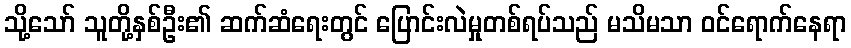
သို့သော် သူတို့နှစ်ဦး၏ ဆက်ဆံရေးတွင် ပြောင်းလဲမှုတစ်ရပ်သည် မသိမသာ ဝင်ရောက်နေရာ